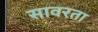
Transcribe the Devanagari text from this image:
सावरता